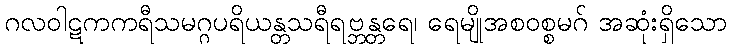
ဂလဝါဋကကရီသမဂ္ဂပရိယန္တသရီရဗ္ဘန္တရေ၊ ရေမျိုအစဝစ္စမဂ် အဆုံးရှိသော